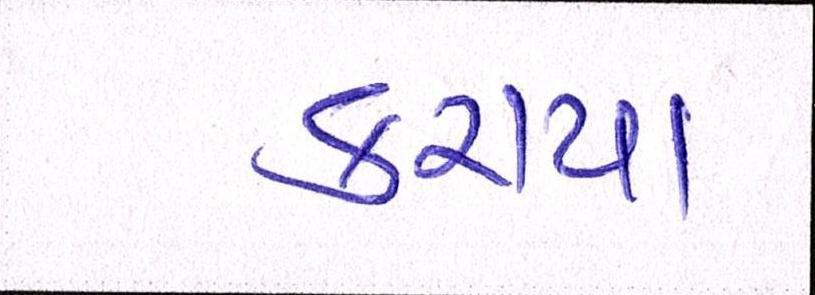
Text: કરાયા